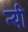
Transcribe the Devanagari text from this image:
न्यी